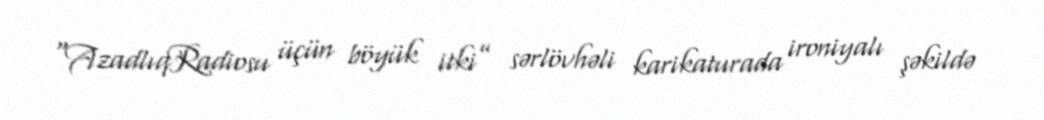
“AzadlıqRadiosu üçün böyük itki” sərlövhəli karikaturada ironiyalı şəkildə